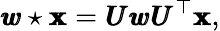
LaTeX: \pmb{w}\star\pmb{\mathbf{x}}=\pmb{U}\pmb{w}\pmb{U}^{\top}\pmb{\mathbf{x}},